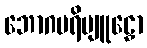
ဘောဂပရိဗျူဠှော